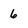
Character: 6